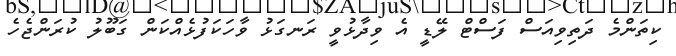
ކިތަންމެ ދަތިވިއަސް ފަސްޓް ލޭޑީ އެ ވިދާޅުވީ ރަނގަޅު ވާހަކަފުޅެއްކަން ގަބޫލު ކުރަންޖެހެ